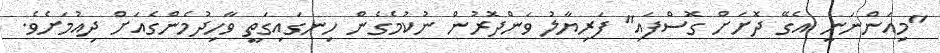
"މިއަންނަނީ އެގޭ ދޮށަށް ގޮސްފައި" ފަރިޔާލު ވަންދޮރުން ނުކުމެގެން ހިނގައިގަތީ ވާހިދުމެންގެއަށް ދިއުމަށެވެ.